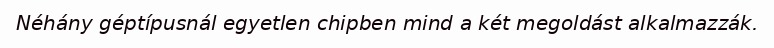
Néhány géptípusnál egyetlen chipben mind a két megoldást alkalmazzák.